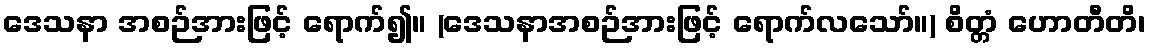
ဒေသနာ အစဉ်အားဖြင့် ရောက်၍။ (ဒေသနာအစဉ်အားဖြင့် ရောက်လသော်။) စိတ္တံ ဟောတီတိ၊